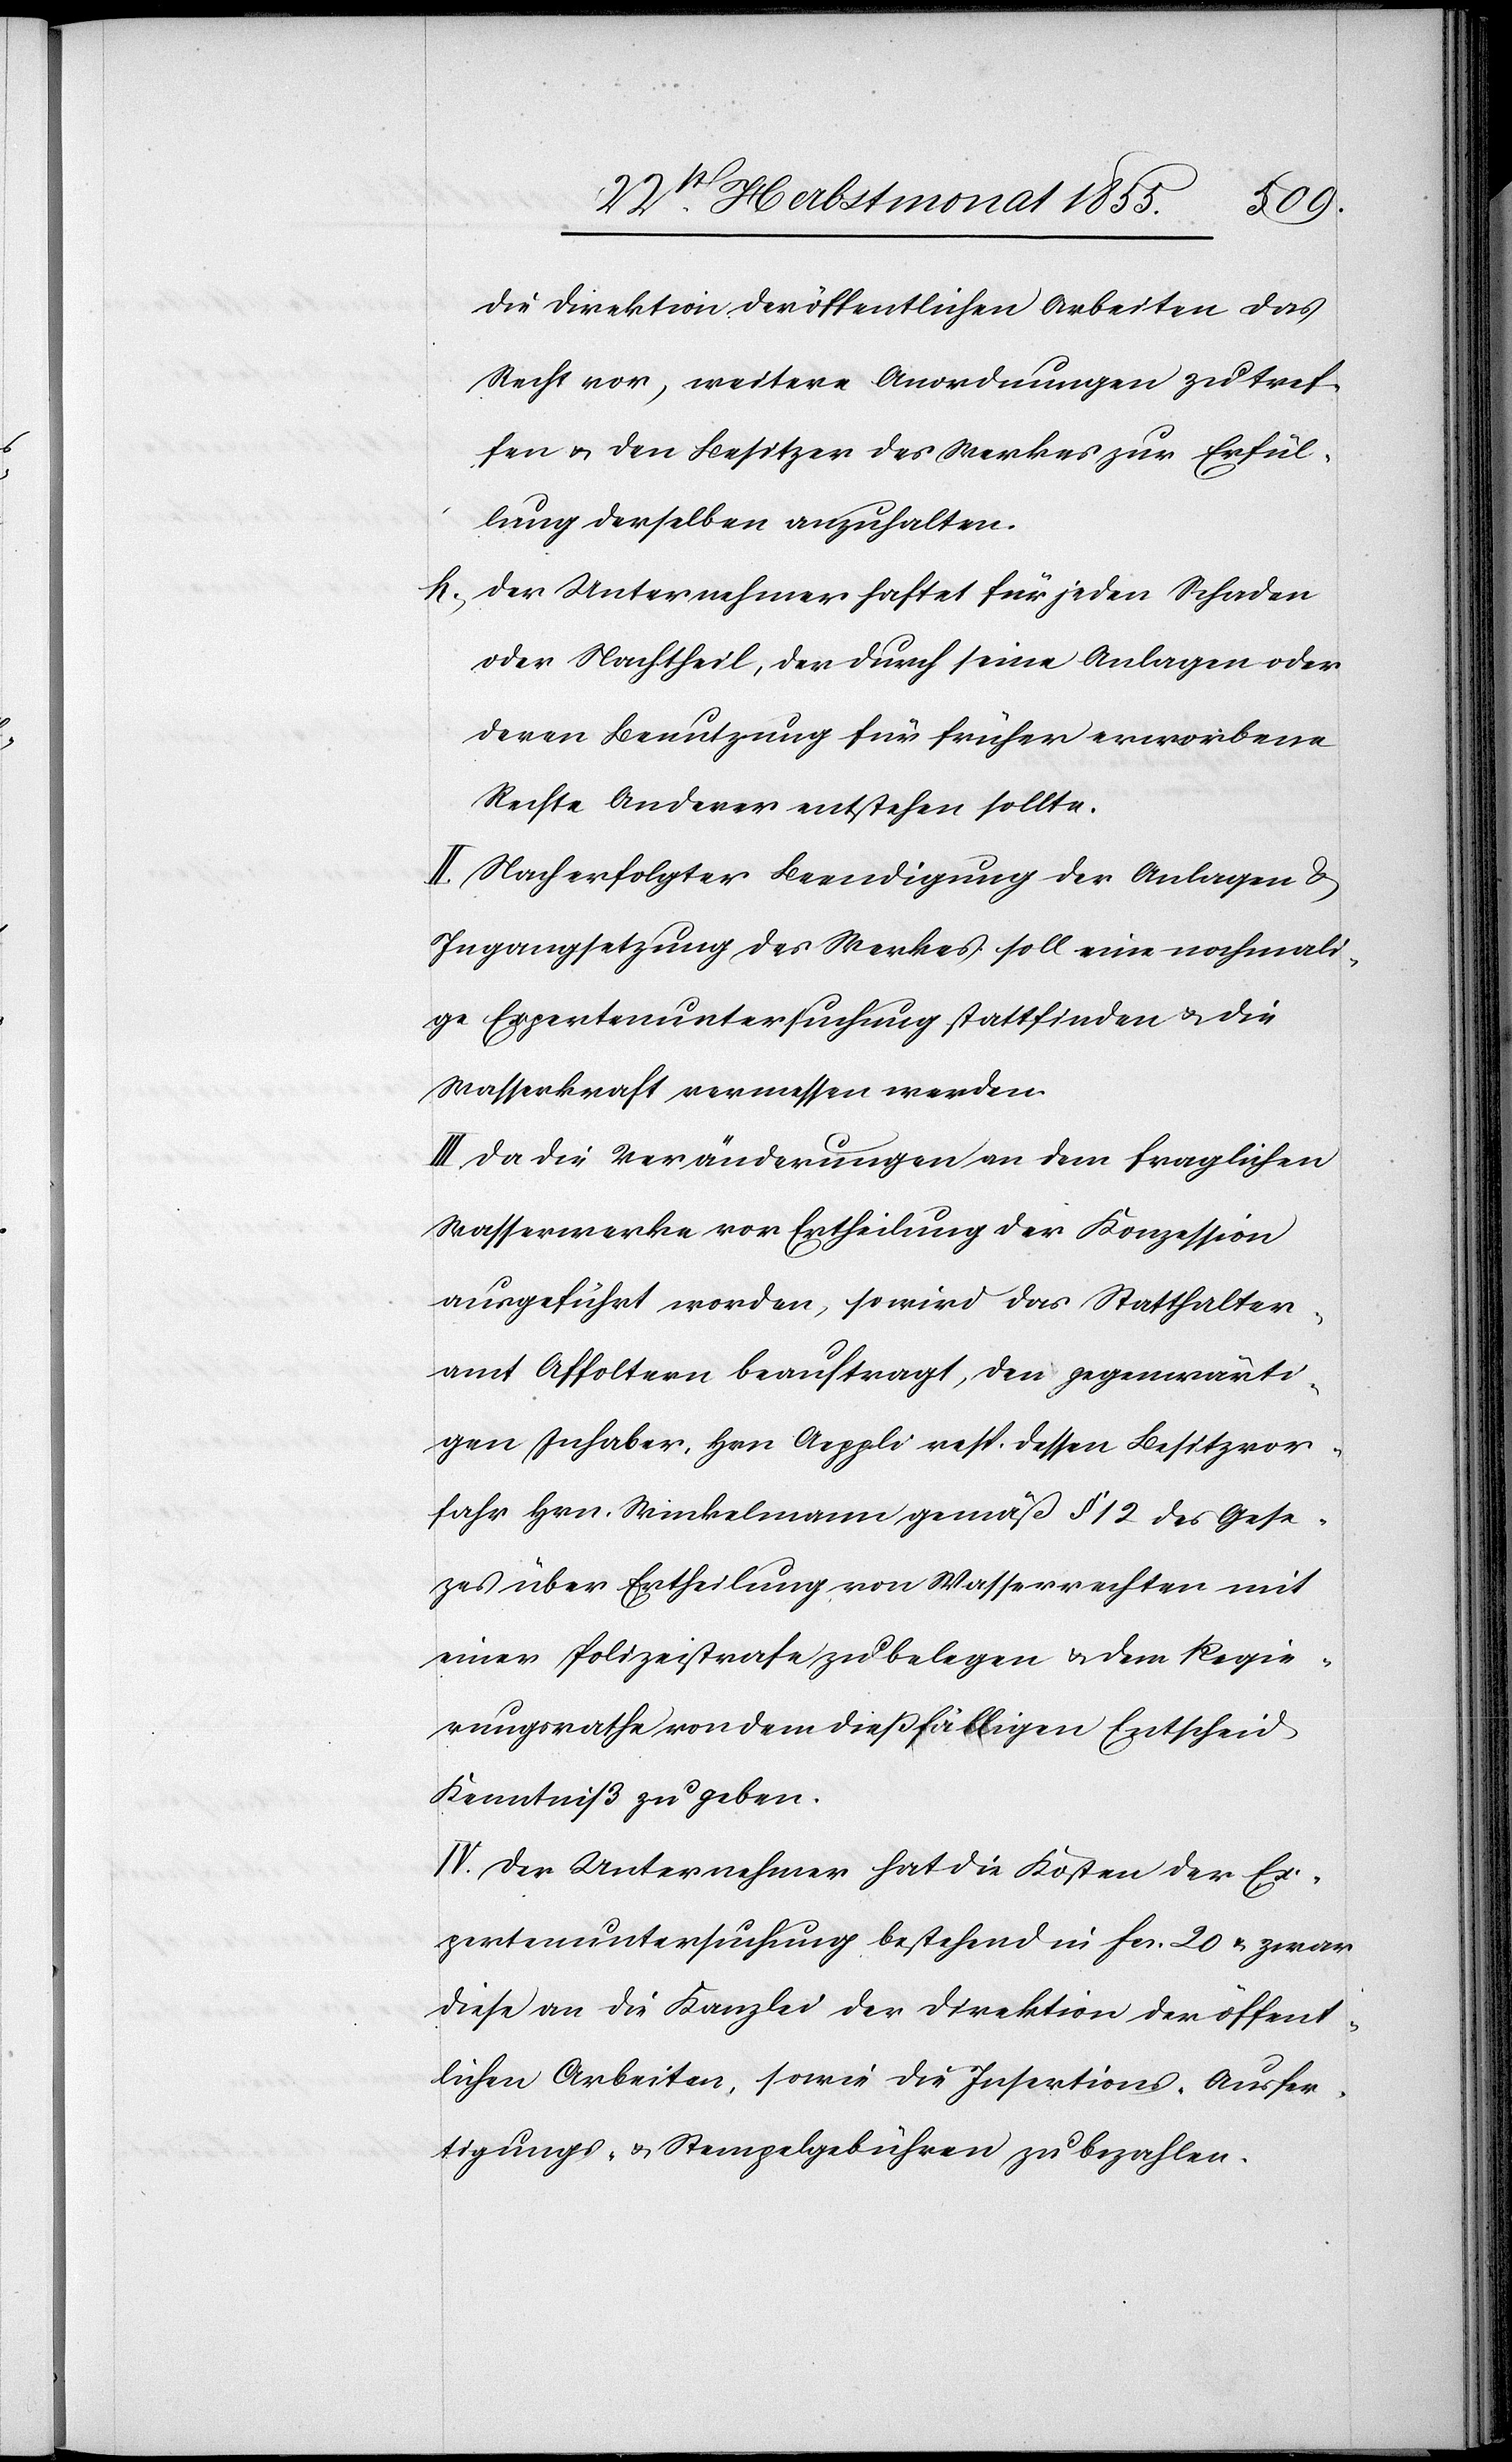
die Direktion der öffentlichen Arbeiten das
Recht vor, weitere Anordnungen zu tref¬
fen & den Besitzer des Werkes zur Erfül¬
lung derselben anzuhalten.
Der Unternehmer haftet für jeden Schaden
oder Nachtheil, der durch seine Anlagen oder
deren Benutzung für früher erworbene
Rechte Anderer entstehen sollte.
II. Nach erfolgter Beendigung der Anlagen &
Ingangsetzung des Werkes soll eine nochmali¬
ge Expertenuntersuchung stattfinden & die
Wasserkraft vermessen werden.
III. Da die Veränderungen an dem fraglichen
Wasserwerke vor Ertheilung der Konzession
ausgeführt worden, so wird das Statthalter¬
amt Affoltern beauftragt, den gegenwärti¬
gen Inhaber, Hrn Aeppli resp. dessen Besitzvor¬
fahr Hrn. Winkelmann gemäß § 12 des Ges¬
e[t]zes über Ertheilung von Wasserrechten mit
einer Polizeistrafe zu belegen & dem Regie¬
rungsrathe von dem dießfälligen Entscheid
Kenntniß zu geben.
IV. Der Unternehmer hat die Kosten der Ex¬
pertenuntersuchung bestehend in Fcs. 20 & zwar
diese an die Kanzlei der Direktion der öffent¬
lichen Arbeiten, sowie die Insertions-[,] Ausfer¬
tigungs- & Stempelgebühren zu bezahlen.